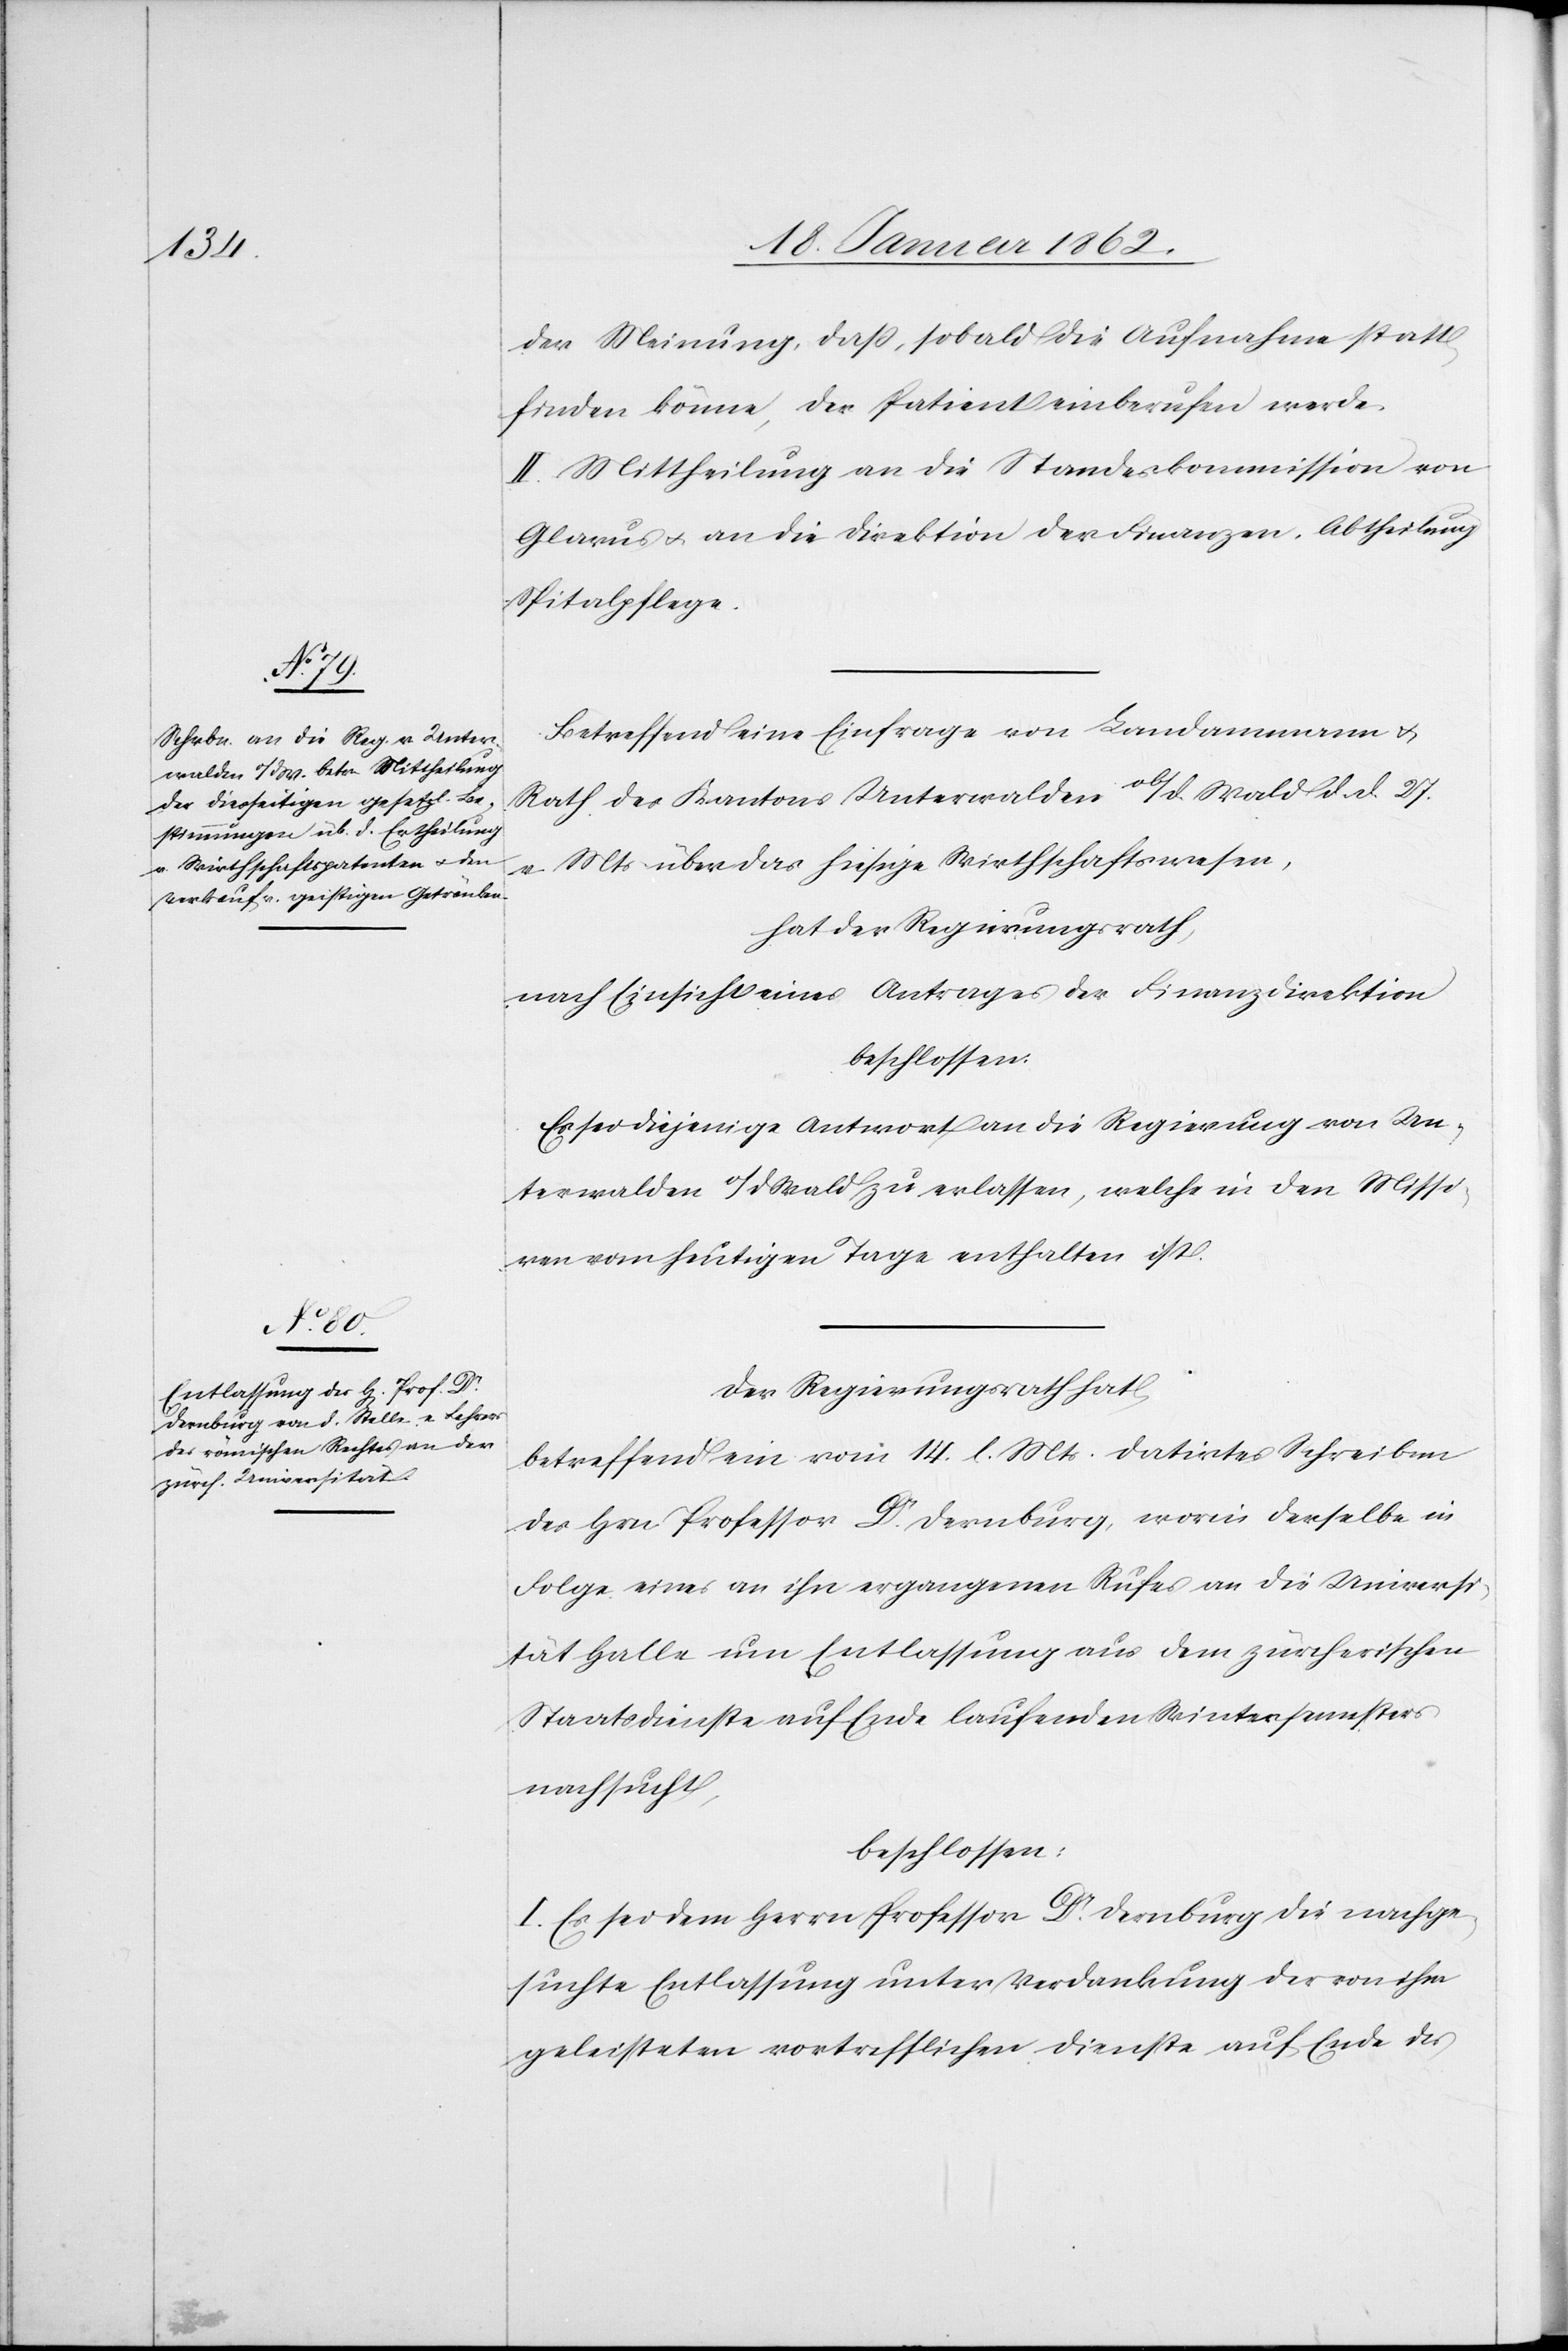
der Meinung, daß, sobald die Aufnahme statt¬
finden könne, der Patient einberufen werde.
II. Mittheilung an die Standeskommisson von
Glarus u. an die Direktion der Finanzen, Abtheilung
Spitalpflege.
Betreffend eine Einfrage von Landammann u.
Rath des Kantons Unterwalden ob/d. Wald d. d. 27.
v. Mts. über das hiesige Wirthschaftswesen,
hat der Regierungsrath,
nach Einsicht eines Antrages der Finanzdirektion
beschlossen:
Es sei diejenige Antwort an die Regierung von Un¬
terwalden o/d Wald zu erlassen, welche in den Missi¬
ven vom heutigen Tage enthalten ist.
Der Regierungsrath hat
betreffend ein vom 14. l. Mts. datirtes Schreiben
des Hrn Professor Dr. Dernburg, worin derselbe in
Folge eines an ihn ergangenen Rufes an die Universi¬
tät Halle um Entlassung aus dem zürcherischen
Staatsdienste auf Ende laufenden Wintersemesters
nachsucht,
beschlossen:
I. Es sei dem Herrn Professor Dr. Dernburg die nachge¬
suchte Entlassung unter Verdankung der von ihm
geleisteten vortrefflichen Dienste auf Ende des